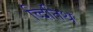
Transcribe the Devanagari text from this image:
व्दितिथ